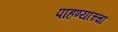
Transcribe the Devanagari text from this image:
पाहण्याच्चा